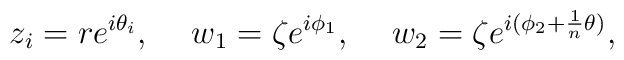
z_i = re^{i\theta_i}, \hspace{5mm} w_1 = \zeta e^{i\phi_1}, \hspace{5mm} w_2 = \zeta e^{i(\phi_2+\frac1n\theta)},